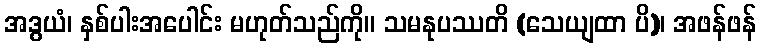
အဒွယံ၊ နှစ်ပါးအပေါင်း မဟုတ်သည်ကို။ သမနုပဿတိ (သေယျထာ ပိ)၊ အဖန်ဖန်